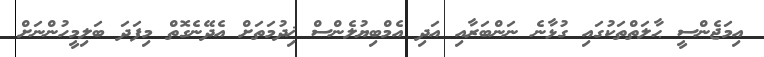
އިމަޖެންސީ ޙާލަތްތަކުގައި ގުޅާނެ ނަންބަރާއި އަދި އެމްބިޔުލެންސް ޚިދުމަތަށް އެދޭނެގޮތް މިފަދަ ބަލިމީހުންނަށް